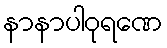
နာနာပါဝုရဏေ